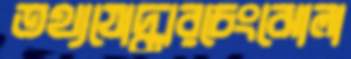
তথ্যযোদ্ধারচেংঝোলা